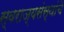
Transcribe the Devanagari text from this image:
स्वराज्यसंस्थांचे